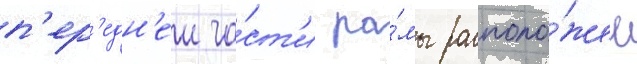
п'ер'едн'еи ча́ст'и ра́мы располо́жен